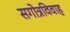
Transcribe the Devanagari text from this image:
सगोत्रविवाह